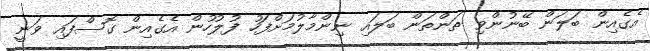
އެގެއިން ބަލަން ބޭނުންވި ތަންތަން ބަލައި ނިންމާލުމަށްފަހު ފުލުހުން އެގެއިން ގޮސްފައި ވަނީ